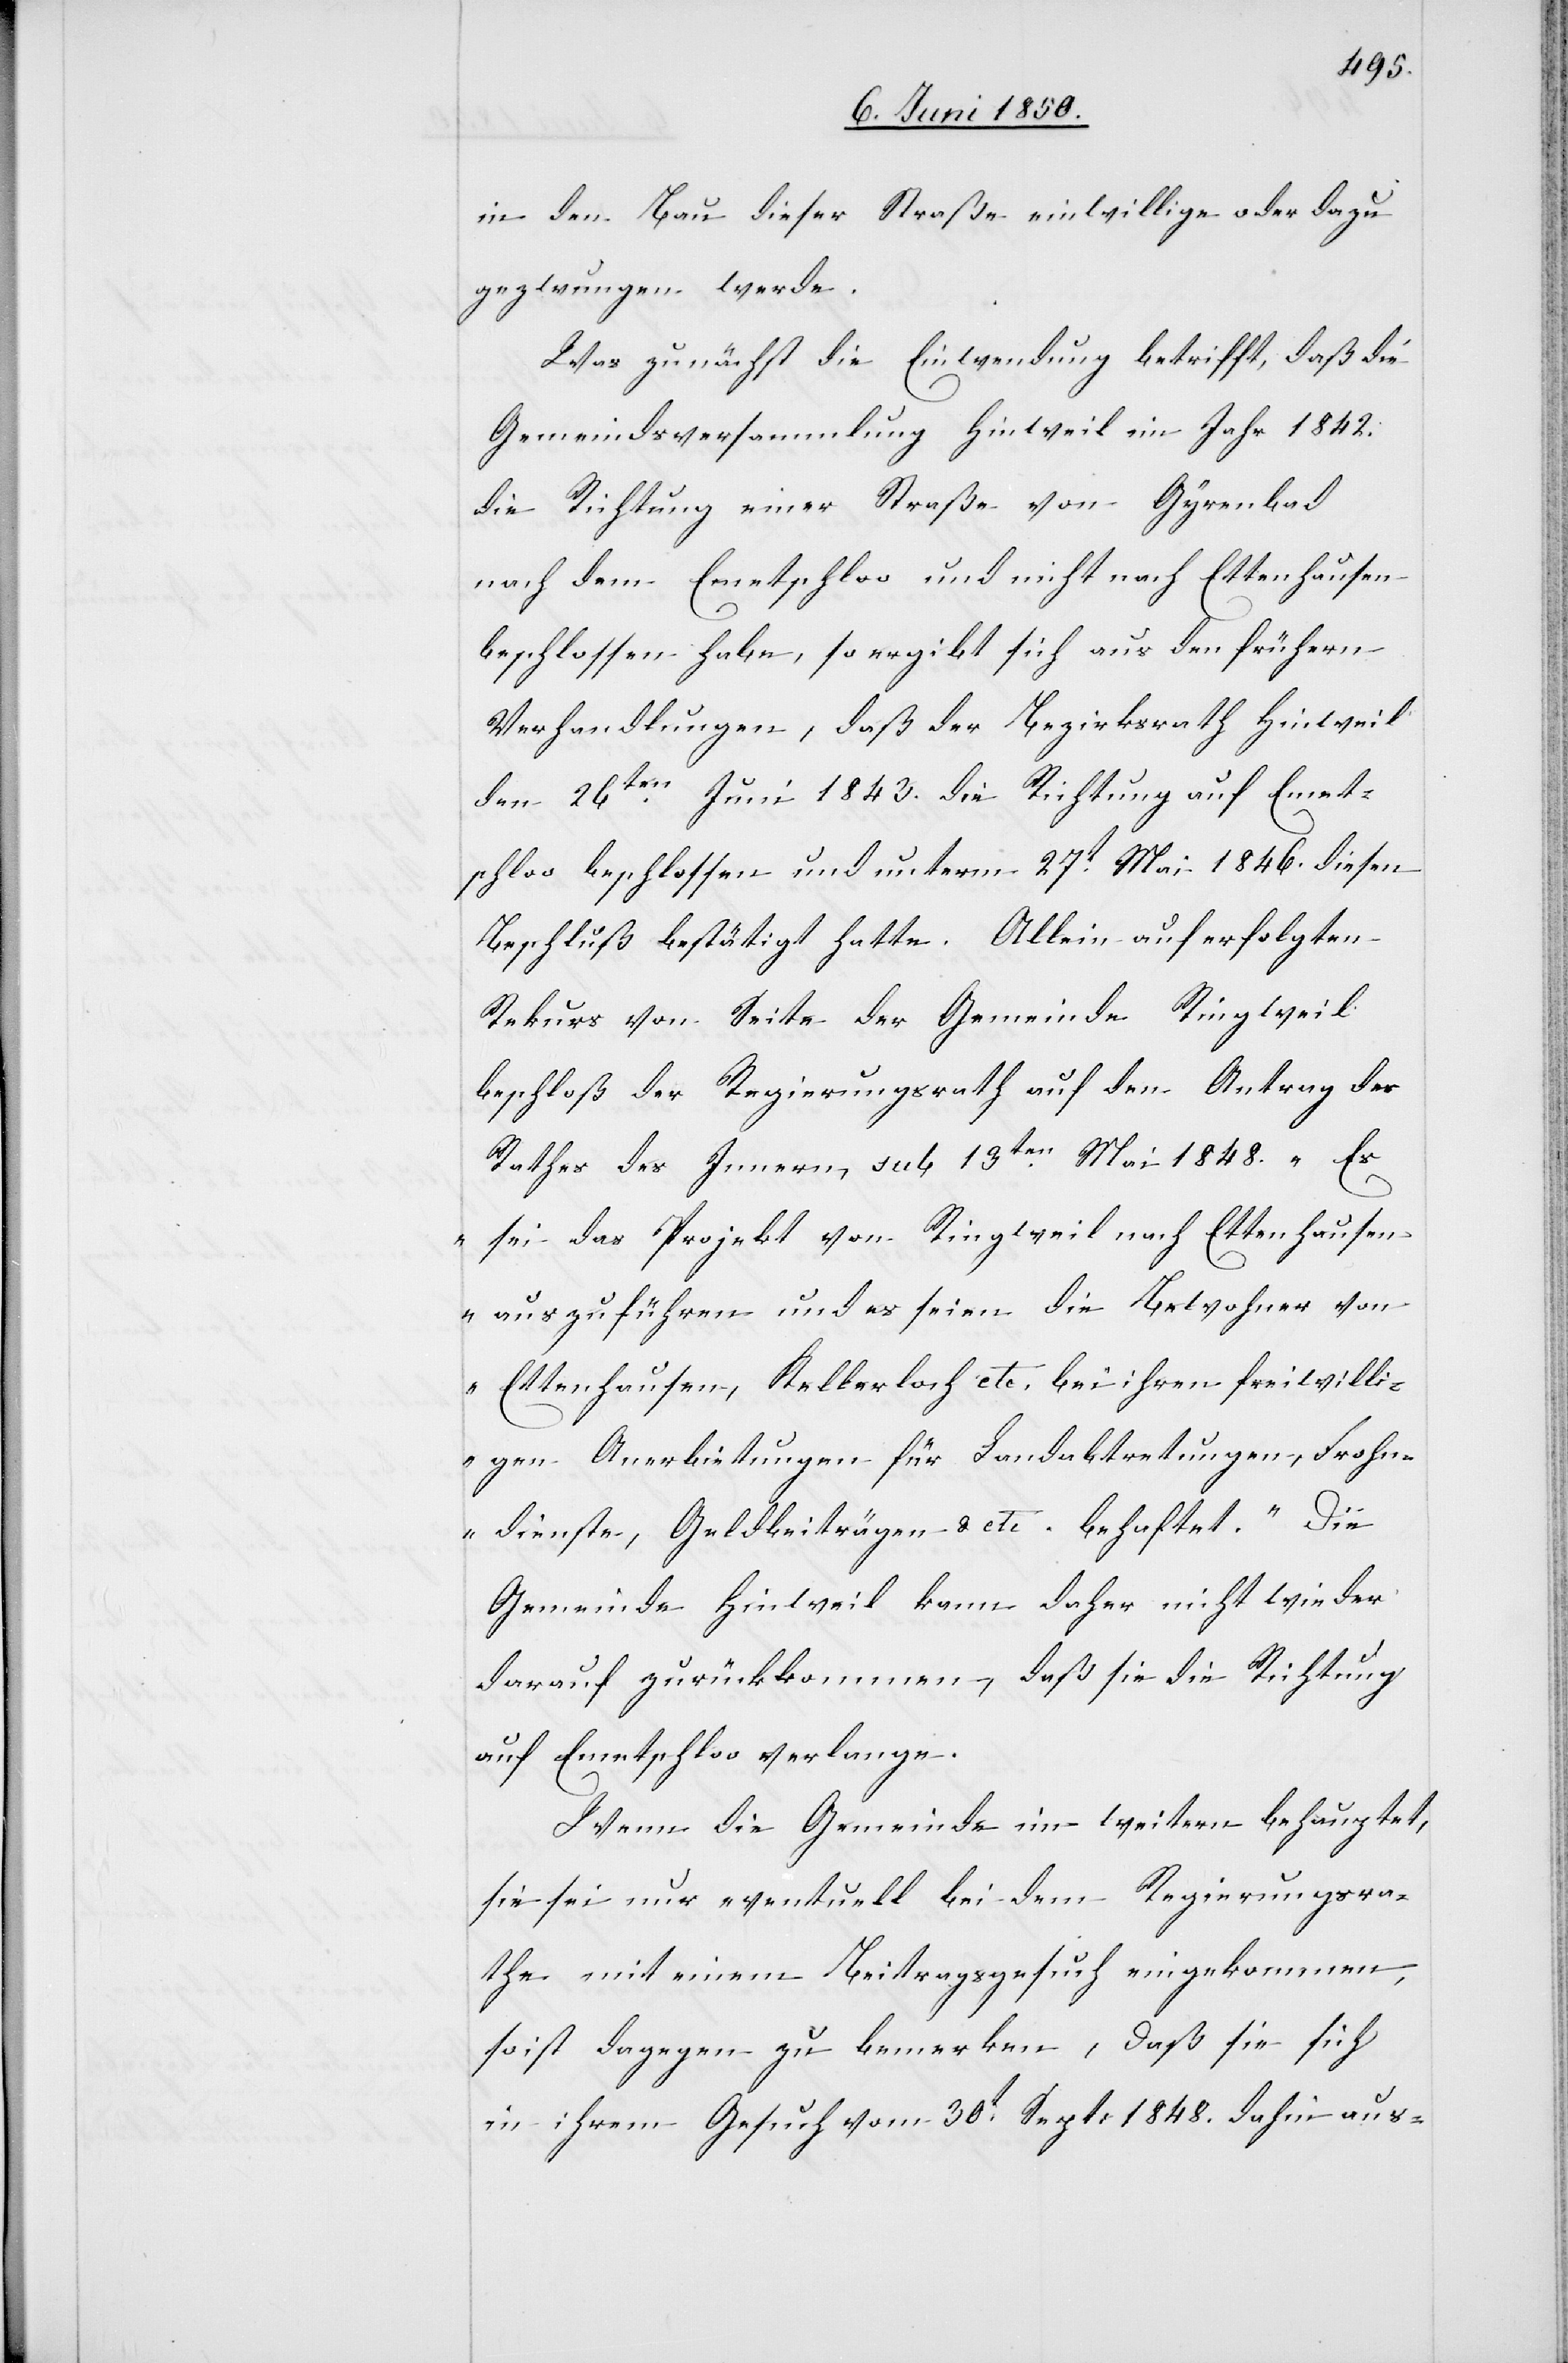
in den Bau dieser Straße einwillige oder dazu
gezwungen werde.
Was zunächst die Einwendung betrifft, daß die
Gemeindsversammlung Hinweil im Jahr 1842.
die Richtung einer Straße von Gyrenbad
nach dem Emetschloo und nicht nach Ettenhausen
beschlossen habe, so ergibt sich aus den frühern
Verhandlungen, daß der Bezirksrath Hinweil
den 26ten Juni 1843. die Richtung auf Emet¬
schloo beschlossen und unterm 27t Mai 1846. diesen
Beschluß bestätigt hatte. Allein auf erfolgten
Rekurs von Seite der Gemeinde Ringweil
beschloß der Regierungsrath auf den Antrag des
Rathes des Innern, sub 13ten Mai 1848. „Es
sei das Projekt von Ringweil nach Ettenhausen
auszuführen und es seien die Bewohner von
Ettenhausen, Kellerloch etc. bei ihren freiwilli¬
gen Anerbietungen für Landabtretungen, Frohn¬
dienste, Geldbeiträgen & etc. behaftet.“ Die
Gemeinde Hinweil kann daher nicht wieder
darauf zurückkommen, daß sie die Richtung
auf Emetschloo verlange.
Wenn die Gemeinde im weitern behauptet,
sie sei nur eventuell bei dem Regierungsra¬
the mit einem Beitragsgesuch eingekommen,
so ist dagegen zu bemerken, daß sie sich
in ihrem Gesuch vom 30t Sept: 1848. dahin aus-